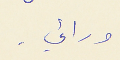
ورائي .